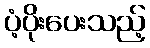
ပံ့ပိုးပေးသည့်